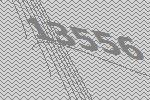
13556